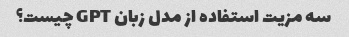
سه مزیت استفاده از مدل زبان GPT چیست؟